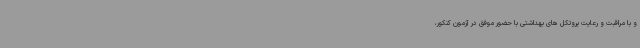
و با مراقبت و رعایت پروتکل های بهداشتی با حضور موفق در آزمون کنکور،